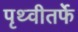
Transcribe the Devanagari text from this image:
पृथ्वीतर्फे